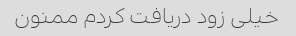
خیلی زود دریافت کردم ممنون